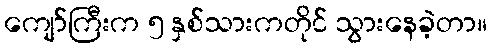
ကျော်ကြီးက ၅ နှစ်သားကတိုင် သွားနေခဲ့တာ။